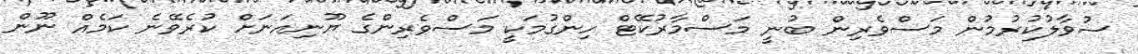
ސުވާލުކުރުމުން މަސްވެރިން ބުނީ މަސްމާރުކޭޓް ހިންގުމަކީ މަސްވެރިންގެ ޔޫނިއަނަށް ކުރެވޭނެ ކަމެއް ނޫން